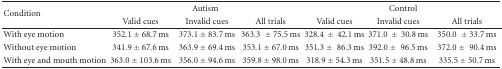
<table><thead><tr><td rowspan="2"><b>Condition</b></td><td colspan="3"><b>Autism</b></td><td colspan="3"><b>Control</b></td></tr><tr><td><b>Valid cues</b></td><td><b>Invalid cues</b></td><td><b>All trials</b></td><td><b>Valid cues</b></td><td><b>Invalid cues</b></td><td><b>All trials</b></td></tr></thead><tbody><tr><td>With eye motion</td><td>352.1 ± 68.7 ms</td><td>373.1 ± 83.7 ms</td><td>363.3 ± 75.5 ms</td><td>328.4 ± 42.1 ms</td><td>371.0 ± 30.8 ms</td><td>350.0 ± 33.7 ms</td></tr><tr><td>Without eye motion</td><td>341.9 ± 67.6 ms</td><td>363.9 ± 69.4 ms</td><td>353.1 ± 67.0 ms</td><td>351.3 ± 86.3 ms</td><td>392.0 ± 96.5 ms</td><td>372.0 ± 90.4 ms</td></tr><tr><td>With eye and mouth motion</td><td>363.0 ± 103.6 ms</td><td>356.0 ± 94.6 ms</td><td>359.8 ± 98.0 ms</td><td>318.9 ± 54.3 ms</td><td>351.5 ± 48.8 ms</td><td>335.5 ± 50.7 ms</td></tr></tbody></table>